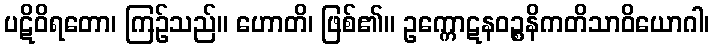
ပဋိဝိရတော၊ ကြဉ်သည်။ ဟောတိ၊ ဖြစ်၏။ ဥက္ကောဋနဝဉ္စနိကတိသာဝိယောဂါ၊